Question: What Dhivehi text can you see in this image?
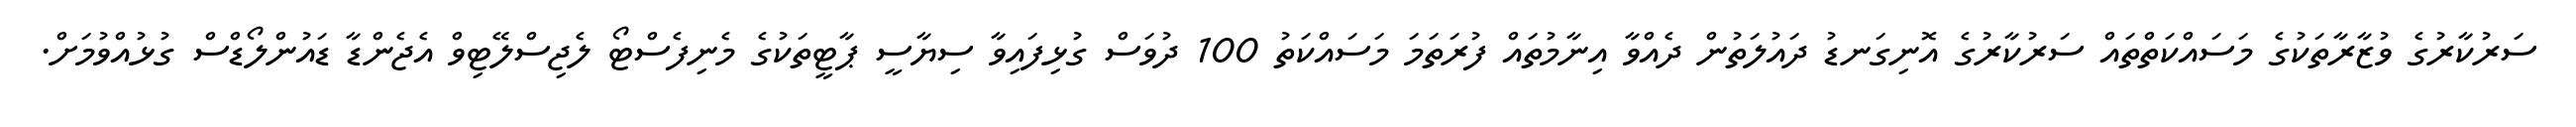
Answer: ސަރުކާރުގެ ވުޒާރާތަކުގެ މަސައްކަތްތައް ސަރުކާރުގެ އޮނިގަނޑު ދައުލަތުން ދެއްވާ އިނާމުތައް ފުރަތަމަ މަސައްކަތު 100 ދުވަސް ގުޅިފައިވާ ސިޔާސީ ޕާޓީތަކުގެ މެނިފެސްޓޯ ލެޖިސްލޭޓިވް އެޖެންޑާ ޑައުންލޯޑްސް ގުޅުއްވުމަށް.